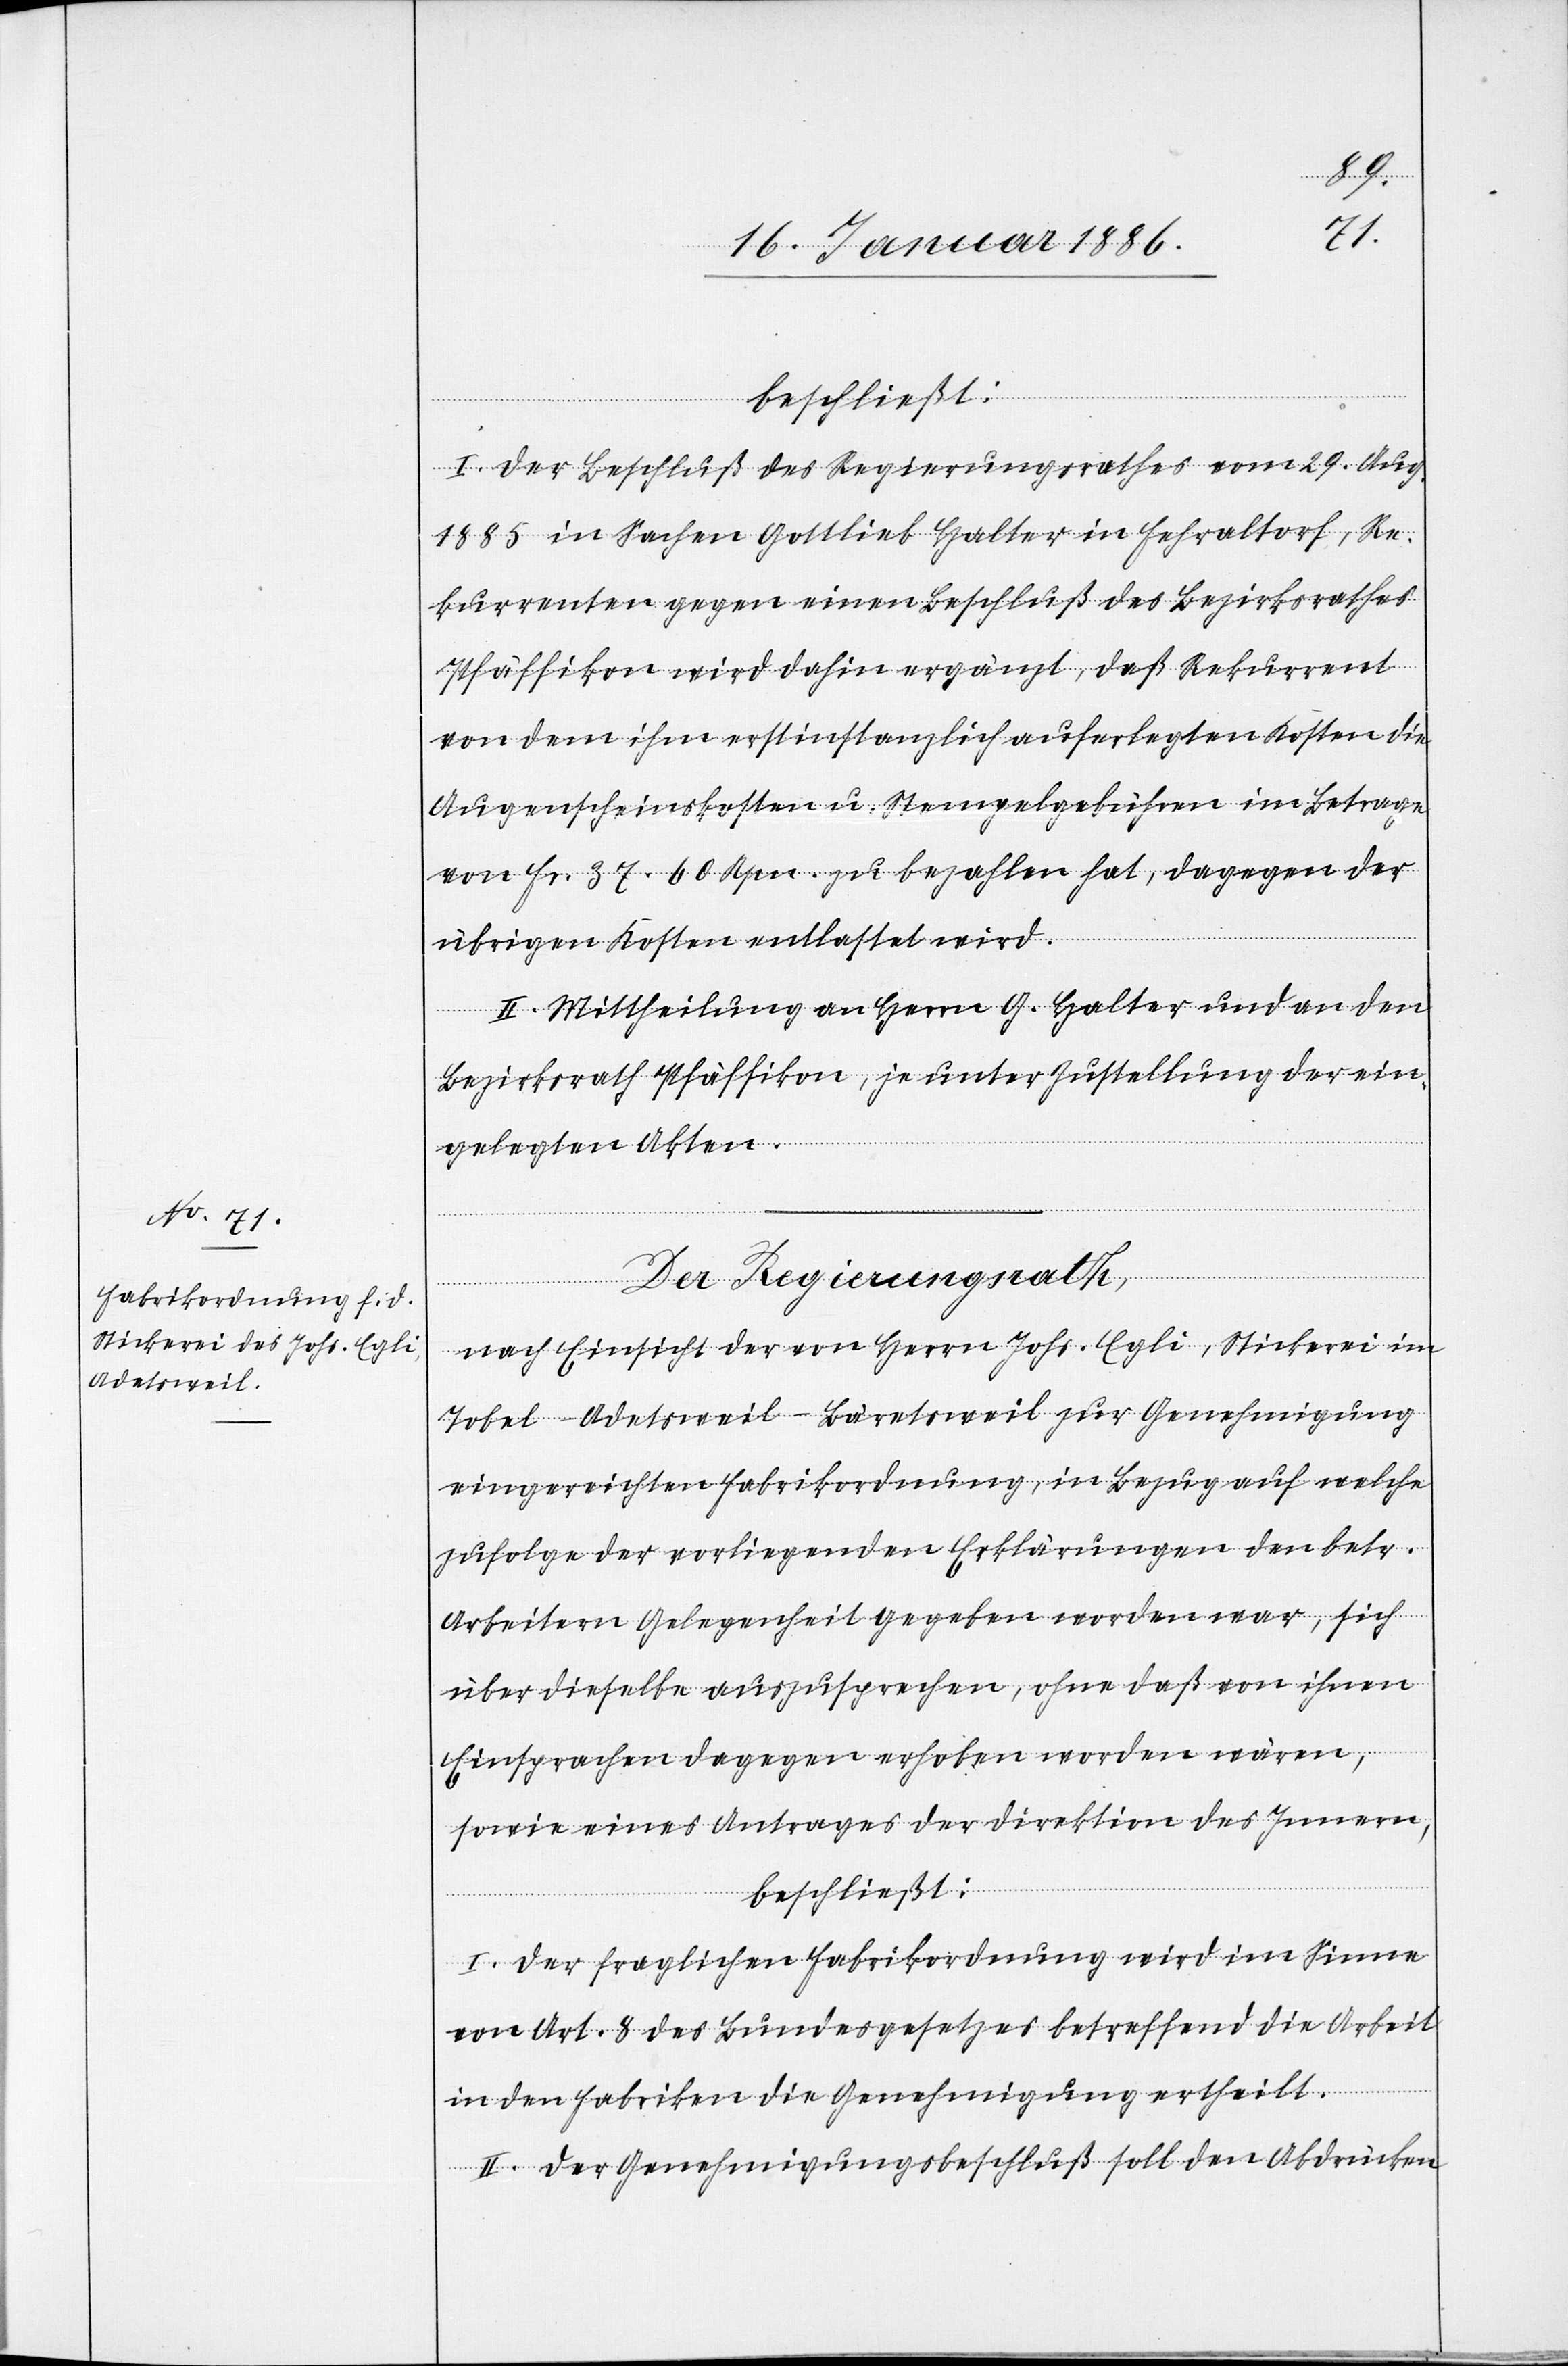
beschließt:
I. Der Beschluß des Regierungsrathes vom 29. Aug.
1885 in Sachen Gottlieb Halter in Fehraltorf, Re¬
kurrent gegen einen Beschluß des Bezirksrathes
Pfäffikon wird dahin ergänzt, daß Rekurrent
von dem ihm erstinstanzlich auferlegten Kosten die
Augenscheinskosten u. Stempelgebühren im Betrage
von Fr. 37. 60 Rpn. zu bezahlen hat, dagegen der
übrigen Kosten entlastet wird.
II. Mittheilung an Herrn G. Halter und an den
Bezirksrath Pfäffikon, je unter Zustellung der ein¬
gelegten Akten.
Der Regierungsrath,
nach Einsicht der von Herrn Johs. Egli, Stickerei im
Tobel Adetsweil - Bäretsweil zur Genehmigung
eingereichten Fabrikordnung, in Bezug auf welche
zufolge der vorliegenden Erklärungen den betr.
Arbeitern Gelegenheit gegeben worden war, sich
über dieselbe auszusprechen, ohne daß von ihnen
Einsprachen dagegen erhoben worden wären,
sowie eines Antrages der Direktion des Innern,
beschließt:
I. Der fraglichen Fabrikordnung wird im Sinne
von Art. 8 des Bundesgesetzes betreffend die Arbeit
in den Fabriken die Genehmigung ertheilt.
II. Der Genehmigungsbeschluß soll den Abdrücken